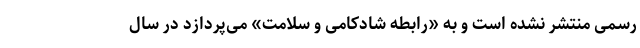
رسمی منتشر نشده است و به «رابطه شادکامی و سلامت» می‌پردازد در سال